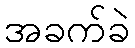
အခက်ခဲ